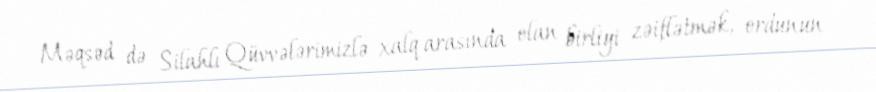
Məqsəd də Silahlı Qüvvələrimizlə xalq arasında olan birliyi zəiflətmək, ordunun